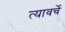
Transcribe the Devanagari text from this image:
त्यावर्चे